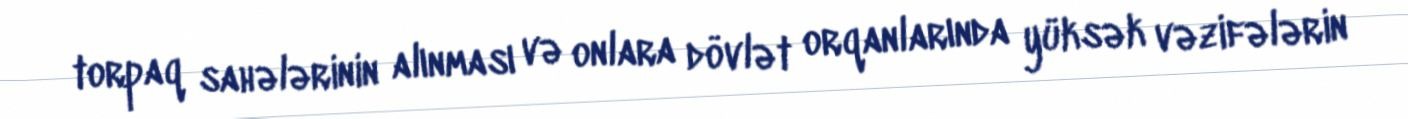
torpaq sahələrinin alınması və onlara dövlət orqanlarında yüksək vəzifələrin